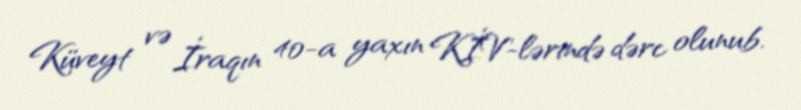
Küveyt və İraqın 40-a yaxın KİV-lərində dərc olunub.